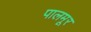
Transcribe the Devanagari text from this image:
पालमूर